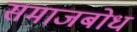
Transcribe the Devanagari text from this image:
समाजबोध